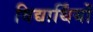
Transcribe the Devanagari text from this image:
विद्यार्थिंयों